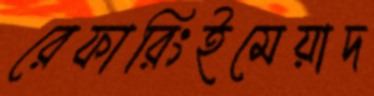
রেফারিংইমেয়াদ